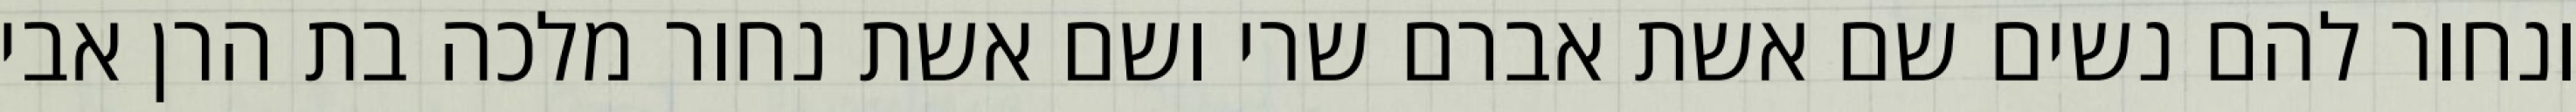
ונחור להם נשים שם אשת אברם שרי ושם אשת נחור מלכה בת הרן אבי